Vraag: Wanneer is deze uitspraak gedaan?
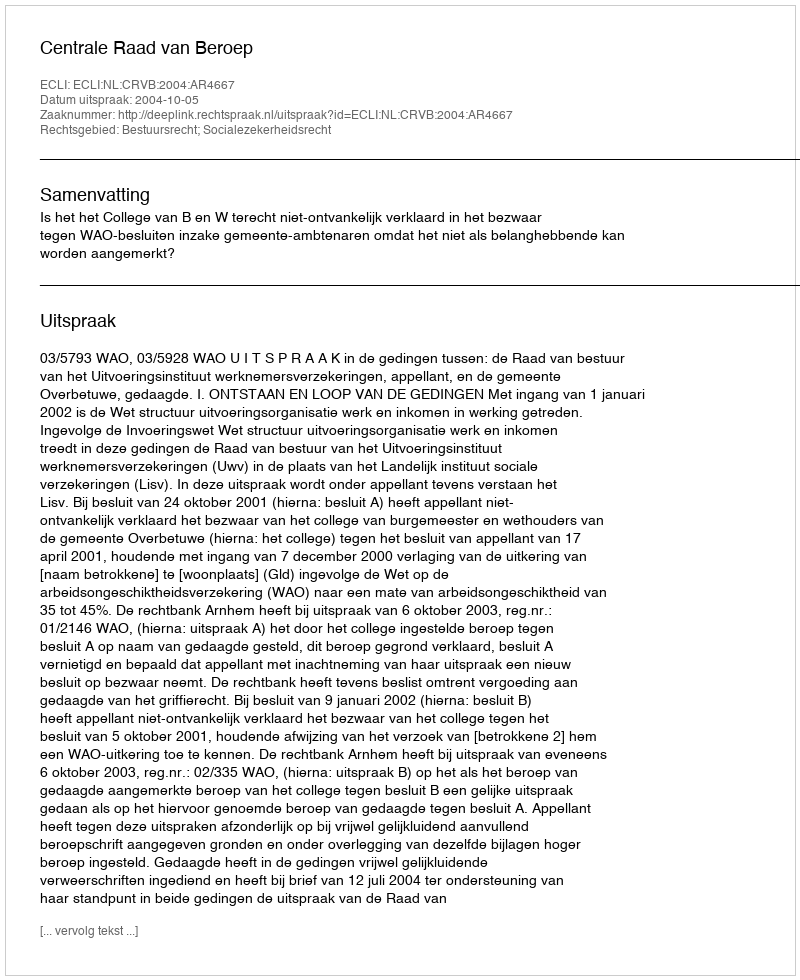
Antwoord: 2004-10-05